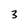
Character: 3